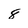
Character: 8